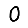
Digit: 0